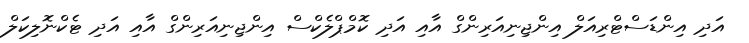
އަދި އިންޑަސްޓްރިއަލް އިންޖިނިއަރިންގް އާއި އަދި ކޮމްޕްލެކްސް އިންޖިނިއަރިންގް އާއި އަދި ޓެކްނޮލިކަލް